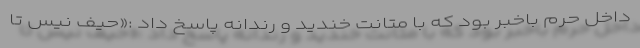
داخل حرم باخبر بود که با متانت خندید و رندانه پاسخ داد :«حیف نیس تا